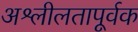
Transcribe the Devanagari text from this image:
अश्लीलतापूर्वक